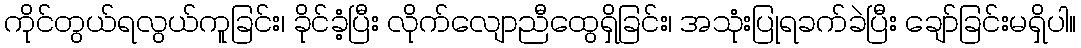
ကိုင်တွယ်ရလွယ်ကူခြင်း၊ ခိုင်ခံ့ပြီး လိုက်လျောညီထွေရှိခြင်း၊ အသုံးပြုရခက်ခဲပြီး ချော်ခြင်းမရှိပါ။